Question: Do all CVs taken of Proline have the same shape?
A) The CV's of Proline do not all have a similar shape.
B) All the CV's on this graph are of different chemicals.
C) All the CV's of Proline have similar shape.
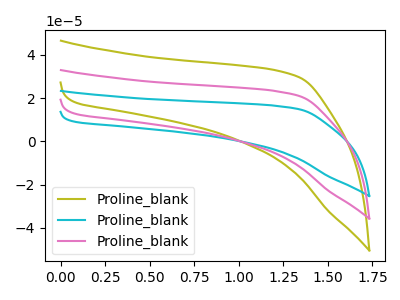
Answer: <think>The olive curve "Proline_blank1" has no peaks. The cyan curve "Proline_blank2" has no peaks. The pink curve "Proline_blank3" has no peaks.
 Neither "Proline_blank1" or "Proline_blank2" have any peaks. Neither "Proline_blank1" or "Proline_blank3" have any peaks. Neither "Proline_blank2" or "Proline_blank3" have any peaks.</think>
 <answer>C) All the CV's of "Proline" have similar shape.</answer>
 <eval>C</eval>